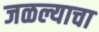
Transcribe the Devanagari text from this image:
जळल्याचा